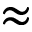
\approx